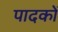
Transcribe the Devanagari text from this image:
पादकों